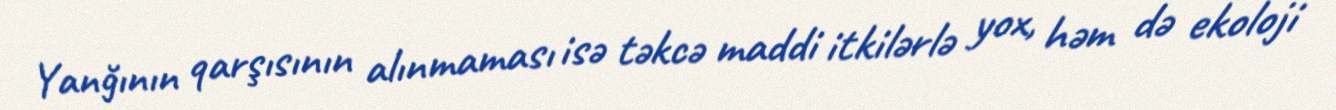
Yanğının qarşısının alınmaması isə təkcə maddi itkilərlə yox, həm də ekoloji